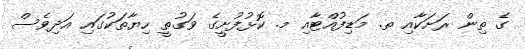
ގެ ތިން ރަށަކާއި ތ. މަޑިފުއްޓާއި މ. ކޮޅުފުށީގެ ވަގުތީ ހިޔާތަކުގައި އަދިވެސް